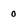
Character: 0